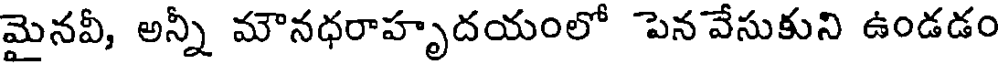
మైనవీ, అన్నీ మౌనధరాహృదయంలో పెన వేసుకుని ఉండడం